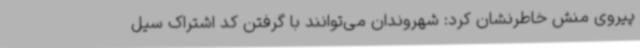
پیروی منش خاطرنشان کرد: شهروندان می‌توانند با گرفتن کد اشتراک سیل